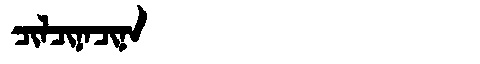
Manchu: ᠴᡳᠯᠴᡳᠨᠠᠴᡳᠨᠠ
Romanization: CILCINACINA